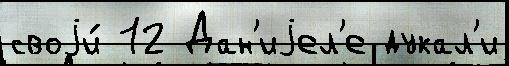
своjи́ 12 Дан'иjел'е дукал'и